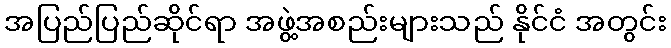
အပြည်ပြည်ဆိုင်ရာ အဖွဲ့အစည်းများသည် နိုင်ငံ အတွင်း